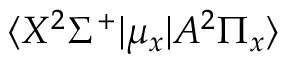
\langle X ^ { 2 } \Sigma ^ { + } | \mu _ { x } | A ^ { 2 } \Pi _ { x } \rangle